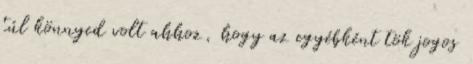
túl könnyed volt ahhoz, hogy az egyébként tök jogos